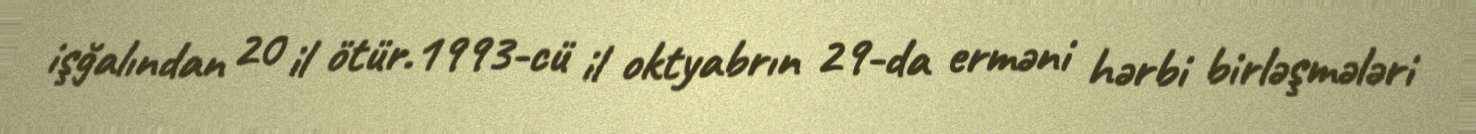
işğalından 20 il ötür.1993-cü il oktyabrın 29-da erməni hərbi birləşmələri